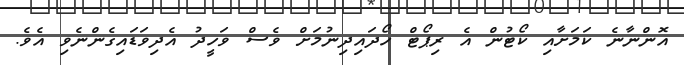
އޮންނާނެ ކަމަށާއި ކޯޓުން އެ ރިޕޯޓް ހޯދައިދިނުމަށް ވެސް ވަހީދު އެދިވަޑައިގެންނެވި އެވެ.